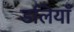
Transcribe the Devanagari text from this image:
डलियाँ